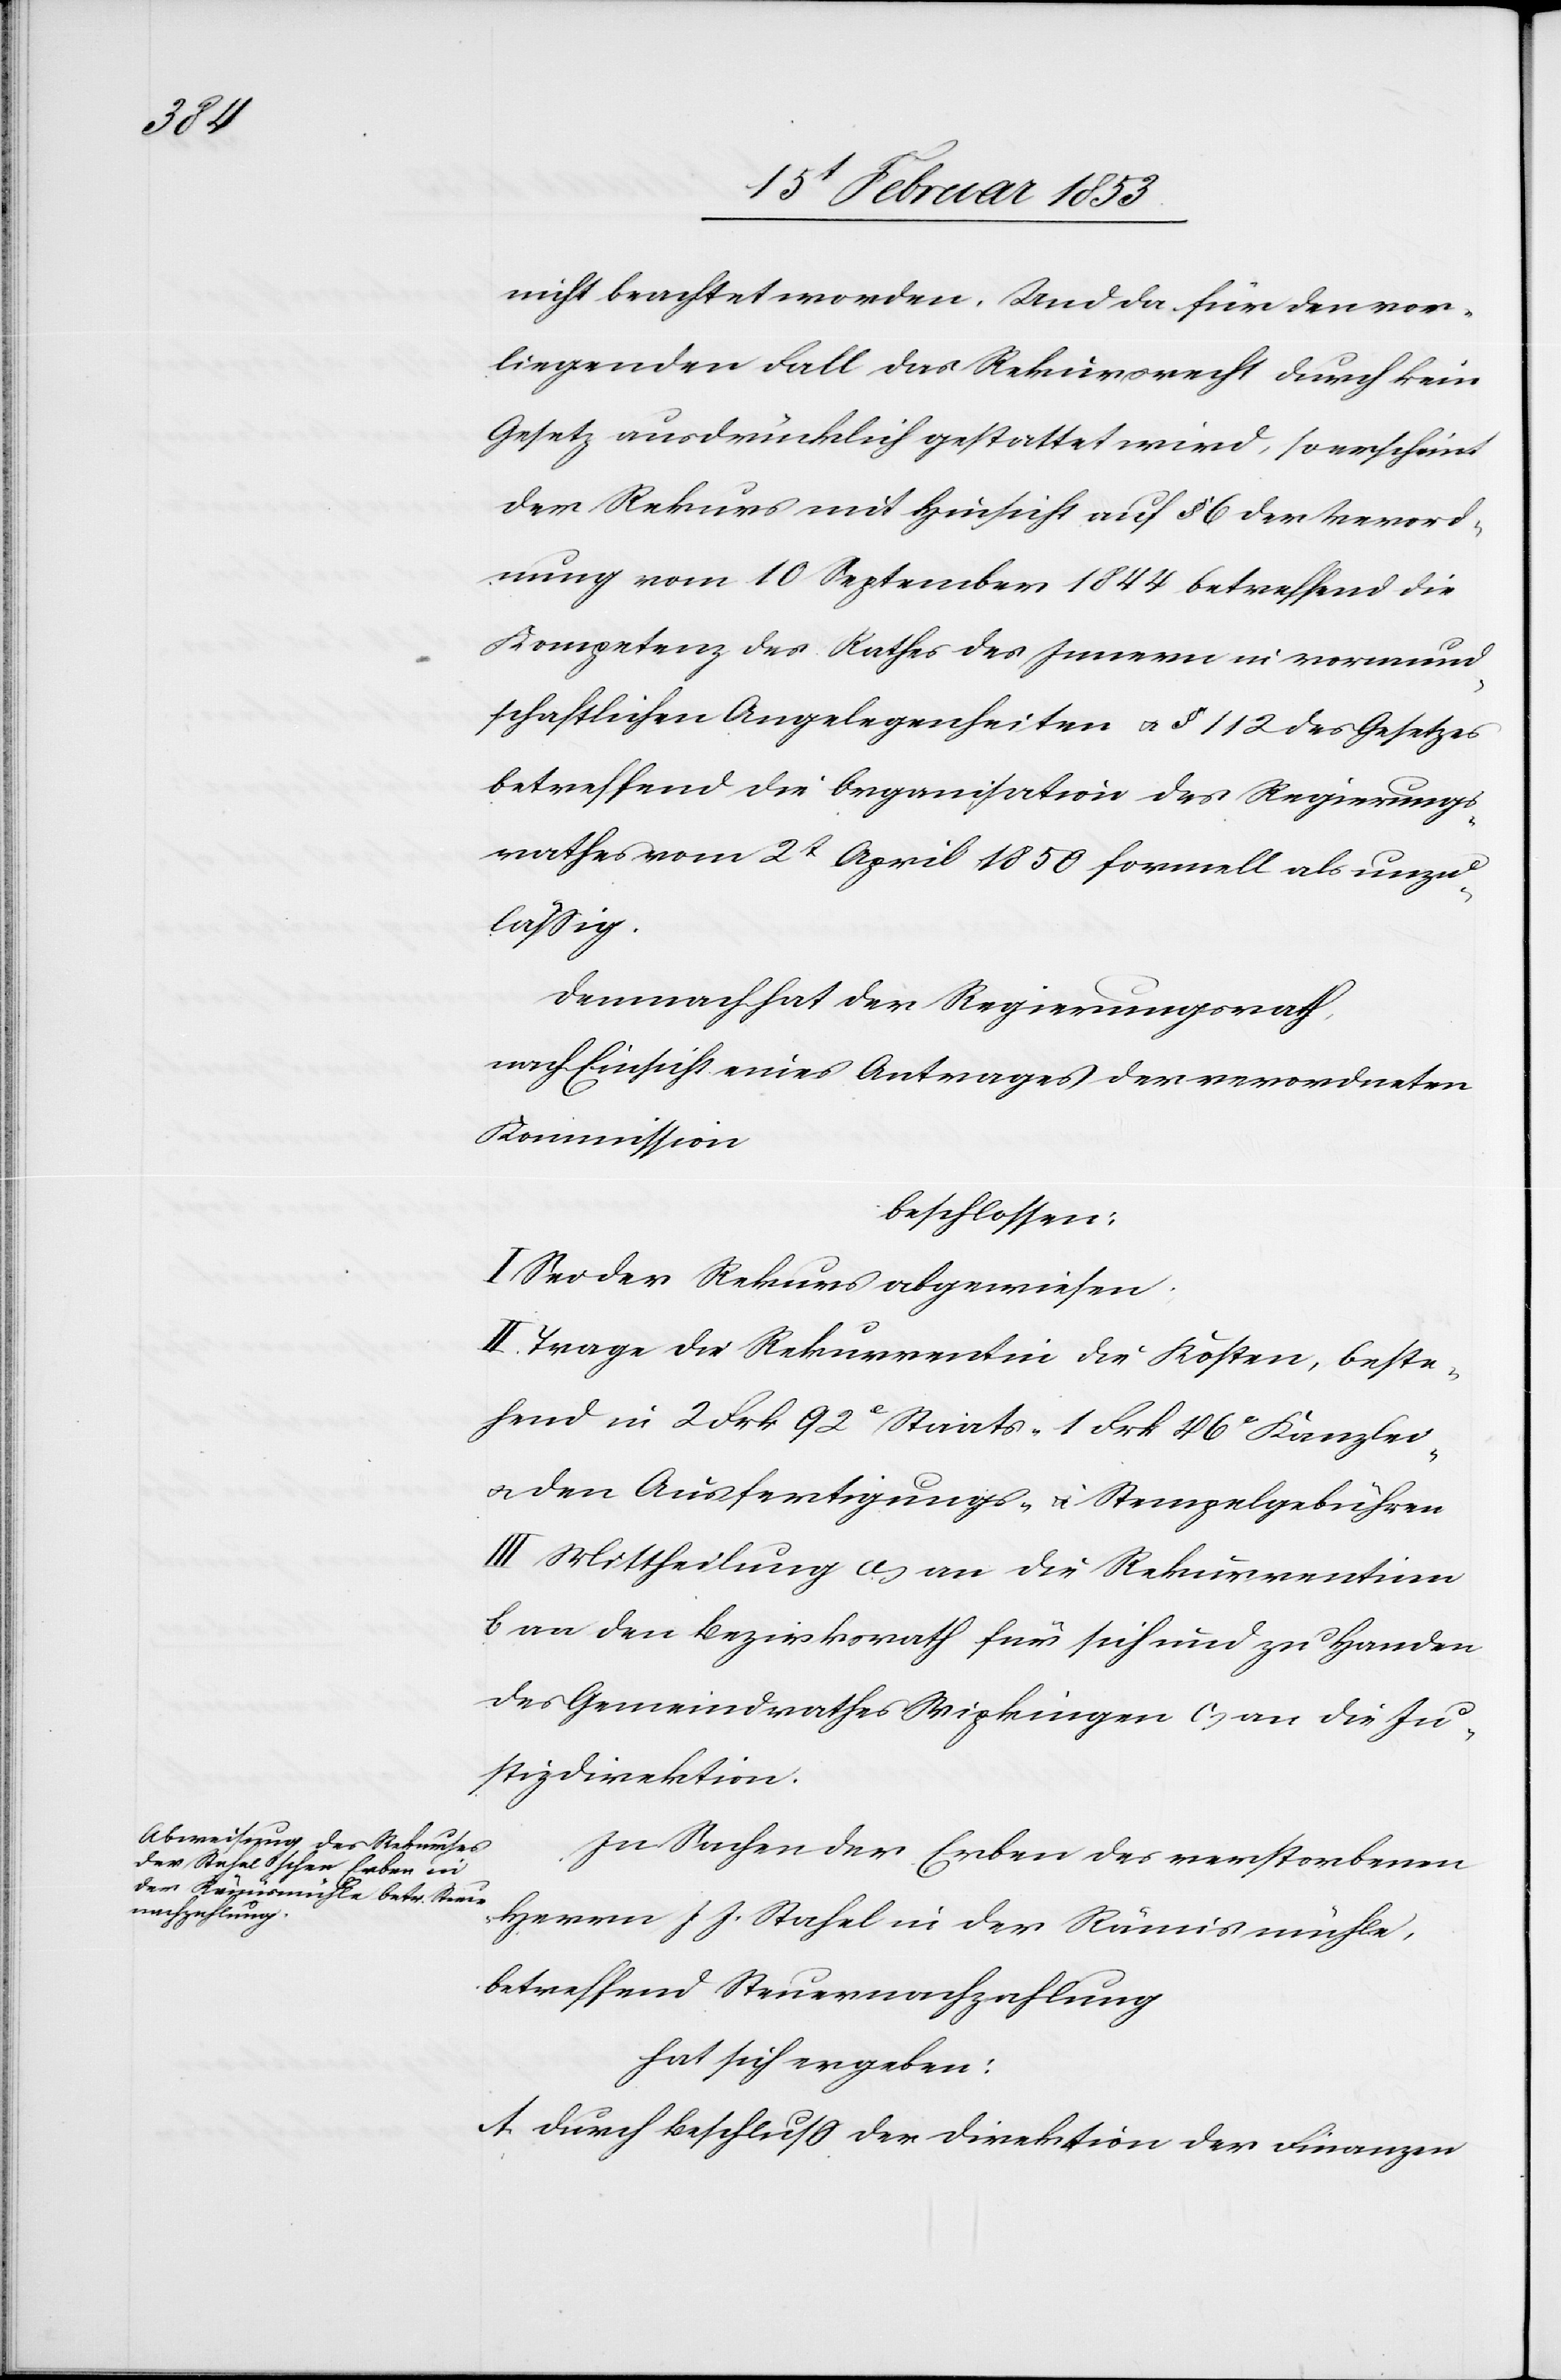
nicht beachtet worden. Und da für den vor¬
liegenden Fall das Rekursrecht durch kein
Gesetz ausdrücklich gestattet wird, so erscheint
der Rekurs mit Hinsicht auf § 6 der Verord¬
nung vom 10 September 1844 betreffend die
Kompetenz des Rathes des Innern in vormund¬
schaftlichen Angelegenheiten u. § 112 des Gesetzes
betreffend die Organisation des Regierungs¬
rathes vom 2t. April 1850 formell als unzu¬
läßig.
Demnach hat der Regierungsrath
nach Einsicht eines Antrages der verordneten
Kommission
beschlossen:
I. Sei der Rekurs abgewiesen.
II. Trage die Rekurrentin die Kosten, beste¬
hend in 2 Frk 92 c Staats- 1 Frk 46 c Kanzlei-
u. den Ausfertigungs- u. Stempelgebühren
III. Mittheilung a, an die Rekurrentinn
b an den Bezirksrath für sich und zu Handen
des Gemeindrathes Wipkingen c, an die Ju¬
stizdirektion.
In Sachen der Erben des verstorbenen
Herrn J. J. Stahel in der Rämismühle,
betreffend Steuernachzahlung
hat sich ergeben:
A. Durch Beschluß der Direktion der Finanzen